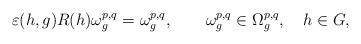
LaTeX: \begin{align*}\varepsilon (h,g) R(h)\omega_g^{p,q} = \omega_g^{p,q} , \qquad\omega_g^{p,q}\in \Omega^{p,q}_g,\quad h\in G,\end{align*}